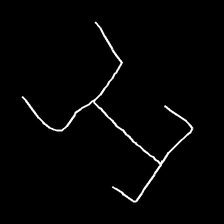
Glyph: entwine